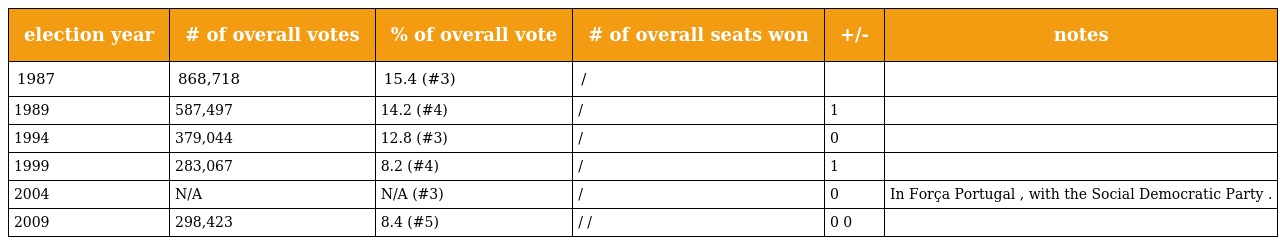
| election year | # of overall votes | % of overall vote | # of overall seats won | +/- | notes |
 | --- | --- | --- | --- | --- | --- |
 | 1987 | 868,718 | 15.4 (#3) | / |  |  |
 | 1989 | 587,497 | 14.2 (#4) | / | 1 |  |
 | 1994 | 379,044 | 12.8 (#3) | / | 0 |  |
 | 1999 | 283,067 | 8.2 (#4) | / | 1 |  |
 | 2004 | N/A | N/A (#3) | / | 0 | In Força Portugal , with the Social Democratic Party . |
 | 2009 | 298,423 | 8.4 (#5) | / / | 0 0 |  |